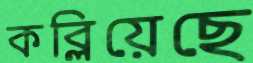
কব্‌লিয়েছে